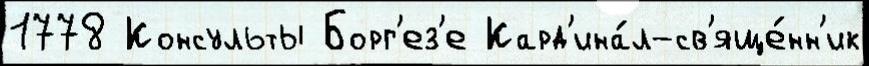
1778 Консульты Борг'ез'е Кард'ина́л-св'яще́нн'ик